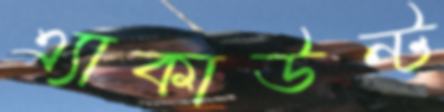
এ্যাকাউন্ট